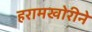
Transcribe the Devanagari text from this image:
हरामखोरीने